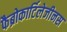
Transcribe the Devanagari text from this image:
फैब्रोकार्टिलेजीनस